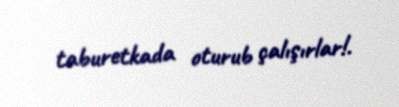
taburetkada oturub çalışırlar!.